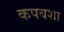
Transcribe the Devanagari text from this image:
कपबशा